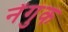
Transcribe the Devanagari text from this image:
नेंगुक